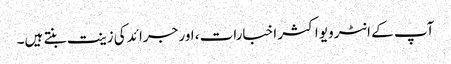
آپ کے انٹرویو اکثر اخبارات، اور جرائد کی زینت بنتے ہیں۔